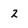
Character: 2